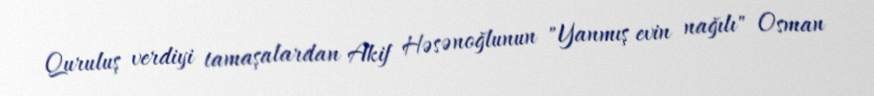
Quruluş verdiyi tamaşalardan Akif Həsənoğlunun "Yanmış evin nağılı" Osman